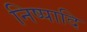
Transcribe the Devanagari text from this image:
निष्पादि